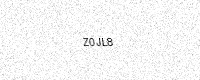
Text: Z0JL8